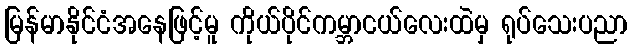
မြန်မာနိုင်ငံအနေဖြင့်မူ ကိုယ်ပိုင်ကမ္ဘာငယ်လေးထဲမှ ရုပ်သေးပညာ